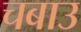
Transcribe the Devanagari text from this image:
चबाउ